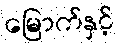
မြောက်နှင့်